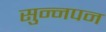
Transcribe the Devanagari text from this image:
सुन्नपन